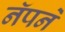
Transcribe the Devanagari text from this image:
नॅपने